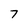
Character: 7